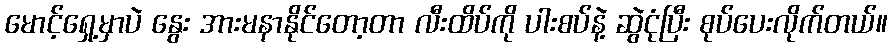
မောင့်ရှေ့မှာပဲ နွေး အားမနာနိုင်တော့တာ လီးထိပ်ကို ပါးစပ်နဲ့ ဆွဲငုံပြီး စုပ်ပေးလိုက်တယ်။